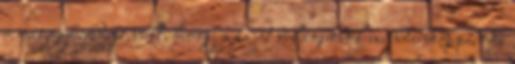
a meggyőződése volt, hogy a saját világukból mindenképpen ki